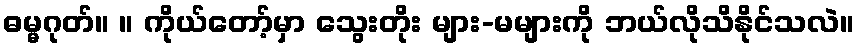
ဓမ္မဂုတ်။ ။ ကိုယ်တော့်မှာ သွေးတိုး များ-မများကို ဘယ်လိုသိနိုင်သလဲ။